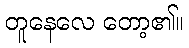
တူနေလေ တော့၏။